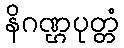
နိဂဏ္ဌပုတ္တံ